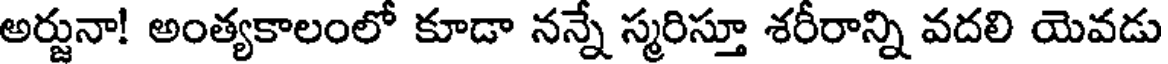
అర్జునా! అంత్యకాలంలో కూడా నన్నే స్మరిస్తూ శరీరాన్ని వదలి యెవడు